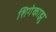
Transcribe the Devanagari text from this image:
शिगेकाझु